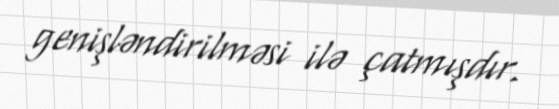
genişləndirilməsi ilə çatmışdır.